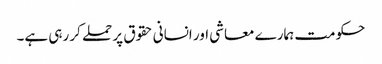
حکومت ہمارے معاشی اور انسانی حقوق پر حملے کر رہی ہے۔